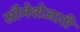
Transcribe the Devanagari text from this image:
सीमेशेजारी